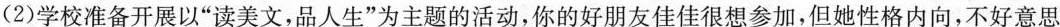
(2)学校准备开展以”读美文，品人生”为主题的活动，你的好朋友佳佳很想参加，但她性格内向，不好意思